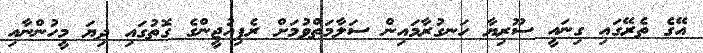
އޭގެ ތެރޭގައި ގިނައީ ސޫރިޔާ ހަނގުރާމައިން ސަލާމަތްވުމަށް ރެފިއުޖީންގެ ގޮތުގައި ދިޔަ މީހުންނާއި